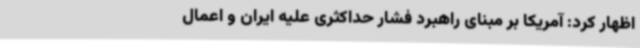
اظهار کرد: آمریکا بر مبنای راهبرد فشار حداکثری علیه ایران و اعمال